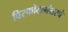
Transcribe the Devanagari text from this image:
विस्फोटानंतरचे